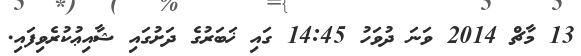
13 މާޗް 2014 ވަނަ ދުވަހު 14:45 ގައި ޚަބަރުގެ ދަށުގައި ޝާއިޢުކުރެވިފައި.